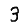
Digit: 3